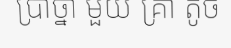
ប្រាថ្នា មួយ គ្រា តូច